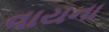
વાયના